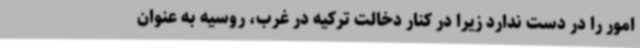
امور را در دست ندارد زیرا در کنار دخالت ترکیه در غرب، روسیه به عنوان